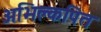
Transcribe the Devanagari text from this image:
अभिक्लपित